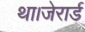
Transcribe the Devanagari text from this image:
था।जेरार्ड